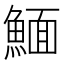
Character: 𩹠